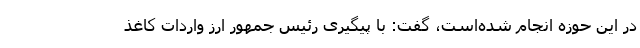
در این حوزه انجام شده‌است، گفت: با پیگیری رئیس جمهور ارز واردات کاغذ